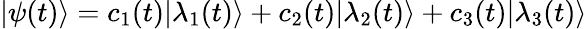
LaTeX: |\psi(t)\rangle=c_{1}(t)|\lambda_{1}(t)\rangle+c_{2}(t)|\lambda_{2}(t)\rangle+c_{3}(t)|\lambda_{3}(t)\rangle